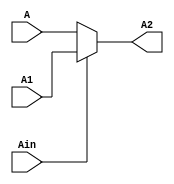
module Ainvert(A,A1,Ain,A2);
	input A,A1;
	input Ain;
	output A2;
	
	assign A2 = Ain? A1:A;


endmodule